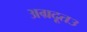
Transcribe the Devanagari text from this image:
अग्रदूत३